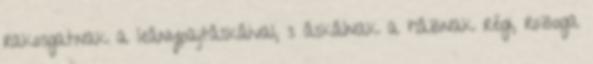
rakosgatnak a leánypajtáskáival, s áskálnak a háznak régi, rozoga